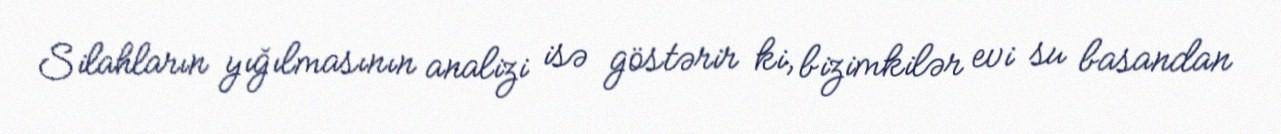
Silahların yığılmasının analizi isə göstərir ki, bizimkilər evi su basandan